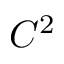
C ^ { 2 }